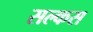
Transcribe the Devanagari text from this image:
सल्कस